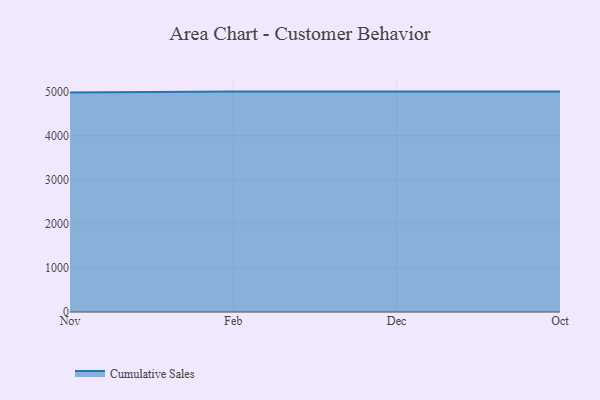
{"axis": {"x": "Month", "y": "Gross Profit (USD K)"}, "legend": ["Cumulative Sales"], "data": [{"x": "Nov", "y": 4982.2, "type": "Cumulative Sales"}, {"x": "Feb", "y": 5000, "type": "Cumulative Sales"}, {"x": "Dec", "y": 5000, "type": "Cumulative Sales"}, {"x": "Oct", "y": 5000, "type": "Cumulative Sales"}]}